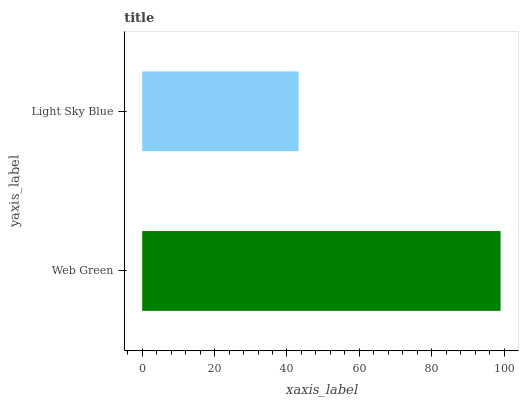
| yaxis_label | bars |
 | --- | --- |
 | Web Green | 99 |
 | Light Sky Blue | 43.2 |